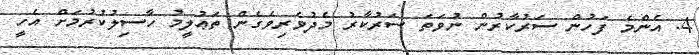
4. އެންމެ ފަހުން ސަރުކާރުން ނުވަތަ ސަރުކާރު މެދުވެރިވެގެން ތަޢުލީމު ހާސިލުކުރުމަށް އެހީ